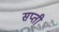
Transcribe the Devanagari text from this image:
सप्ती